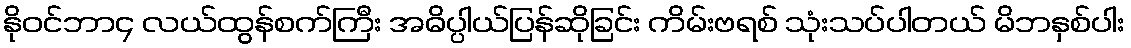
နိုဝင်ဘာ၄ လယ်ထွန်စက်ကြီး အဓိပ္ပါယ်ပြန်ဆိုခြင်း ကိမ်းဗရစ် သုံးသပ်ပါတယ် မိဘနှစ်ပါး